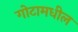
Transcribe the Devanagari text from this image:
गोटामधील